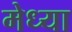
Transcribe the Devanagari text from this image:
मेध्या